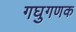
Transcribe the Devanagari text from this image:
गघुगणक